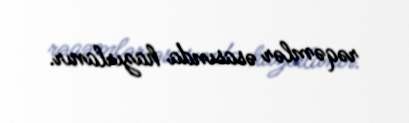
rəqəmlər əsasında hazırlanır.